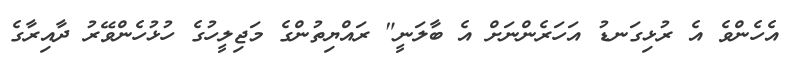
އެހެންވެ އެ ރުޅިގަނޑު އަހަރެންނަށް އެ ބާލަނީ" ރައްޔިތުންގެ މަޖިލީހުގެ ހުޅުހެންވޭރު ދާއިރާގެ